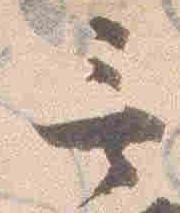
言